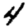
Digit: 4